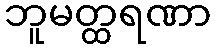
ဘူမတ္ထရဏာ